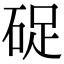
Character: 𥒭